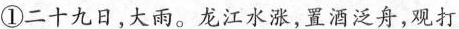
①二十九日，大雨。龙江水涨，置酒泛舟，观打